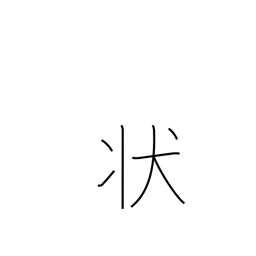
Meaning: status quo